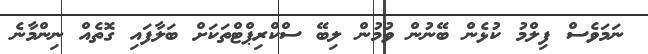
ނަމަވެސް ފިލްމު ކުޅެން ބޭނުން ވުމުން ލިބޭ ސްކްރިޕްޓްތަކަށް ބަލާފައި ގޮތެއް ނިންމާނެ